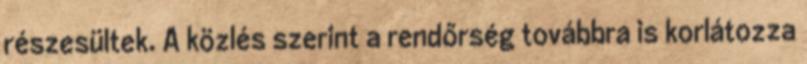
részesültek. A közlés szerint a rendőrség továbbra is korlátozza